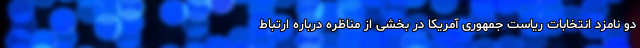
دو نامزد انتخابات ریاست جمهوری آمریکا در بخشی از مناظره درباره ارتباط